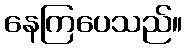
နေကြပေသည်။